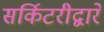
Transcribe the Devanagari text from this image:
सर्किटरीद्वारे